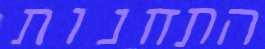
התחנות